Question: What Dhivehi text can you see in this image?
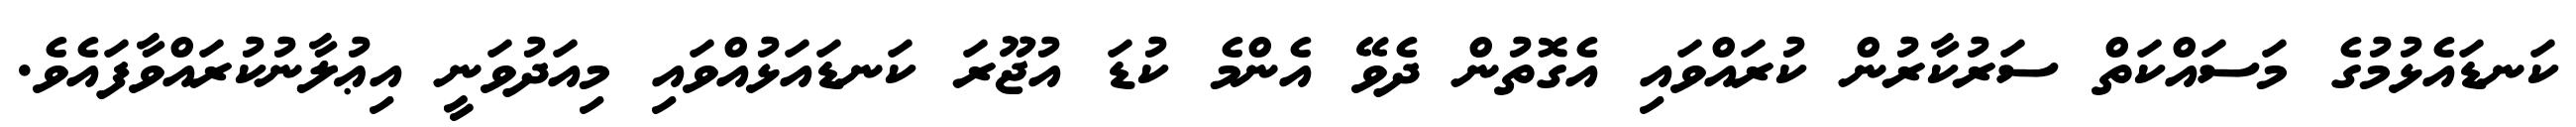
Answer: ކަނޑައެޅުމުގެ މަސައްކަތް ސަރުކާރުން ކުރައްވައި އެގޮތުން ދެވޭ އެންމެ ކުޑަ އުޖޫރަ ކަނޑައަޅުއްވައި މިއަދުވަނީ އިޢުލާނުކުރައްވާފައެވެ.